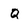
Character: Q